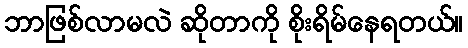
ဘာဖြစ်လာမလဲ ဆိုတာကို စိုးရိမ်နေရတယ်။